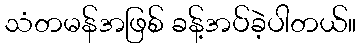
သံတမန်အဖြစ် ခန့်အပ်ခဲ့ပါတယ်။